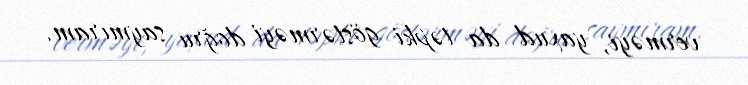
verməyi, yaxud da təpki göstərməyi doğru saymıram.